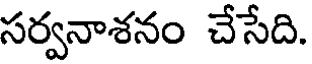
సర్వనాశనం చేసేది.